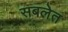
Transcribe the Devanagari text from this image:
सबलेत